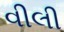
વીલી